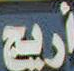
أربع